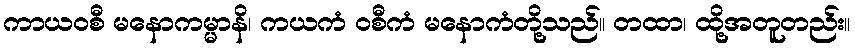
ကာယဝစီ မနောကမ္မာနိ၊ ကယကံ ဝစီကံ မနောကံတို့သည်။ တထာ၊ ထို့အတူတည်း။